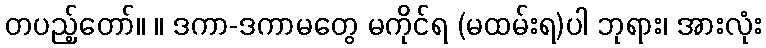
တပည့်တော်။ ။ ဒကာ-ဒကာမတွေ မကိုင်ရ (မထမ်းရ)ပါ ဘုရား၊ အားလုံး